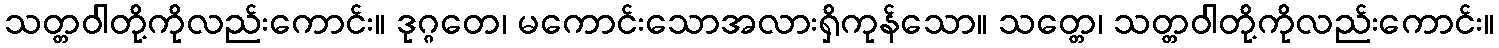
သတ္တဝါတို့ကိုလည်းကောင်း။ ဒုဂ္ဂတေ၊ မကောင်းသောအလားရှိကုန်သော။ သတ္တေ၊ သတ္တဝါတို့ကိုလည်းကောင်း။